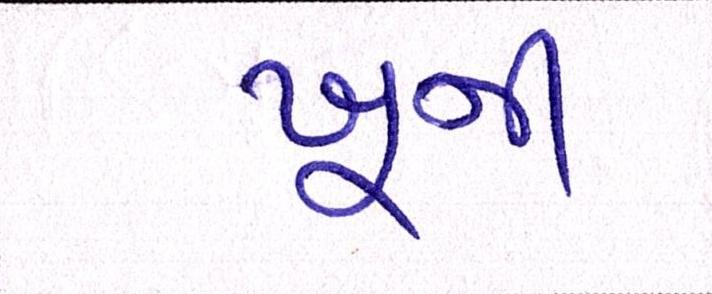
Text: ખૂની